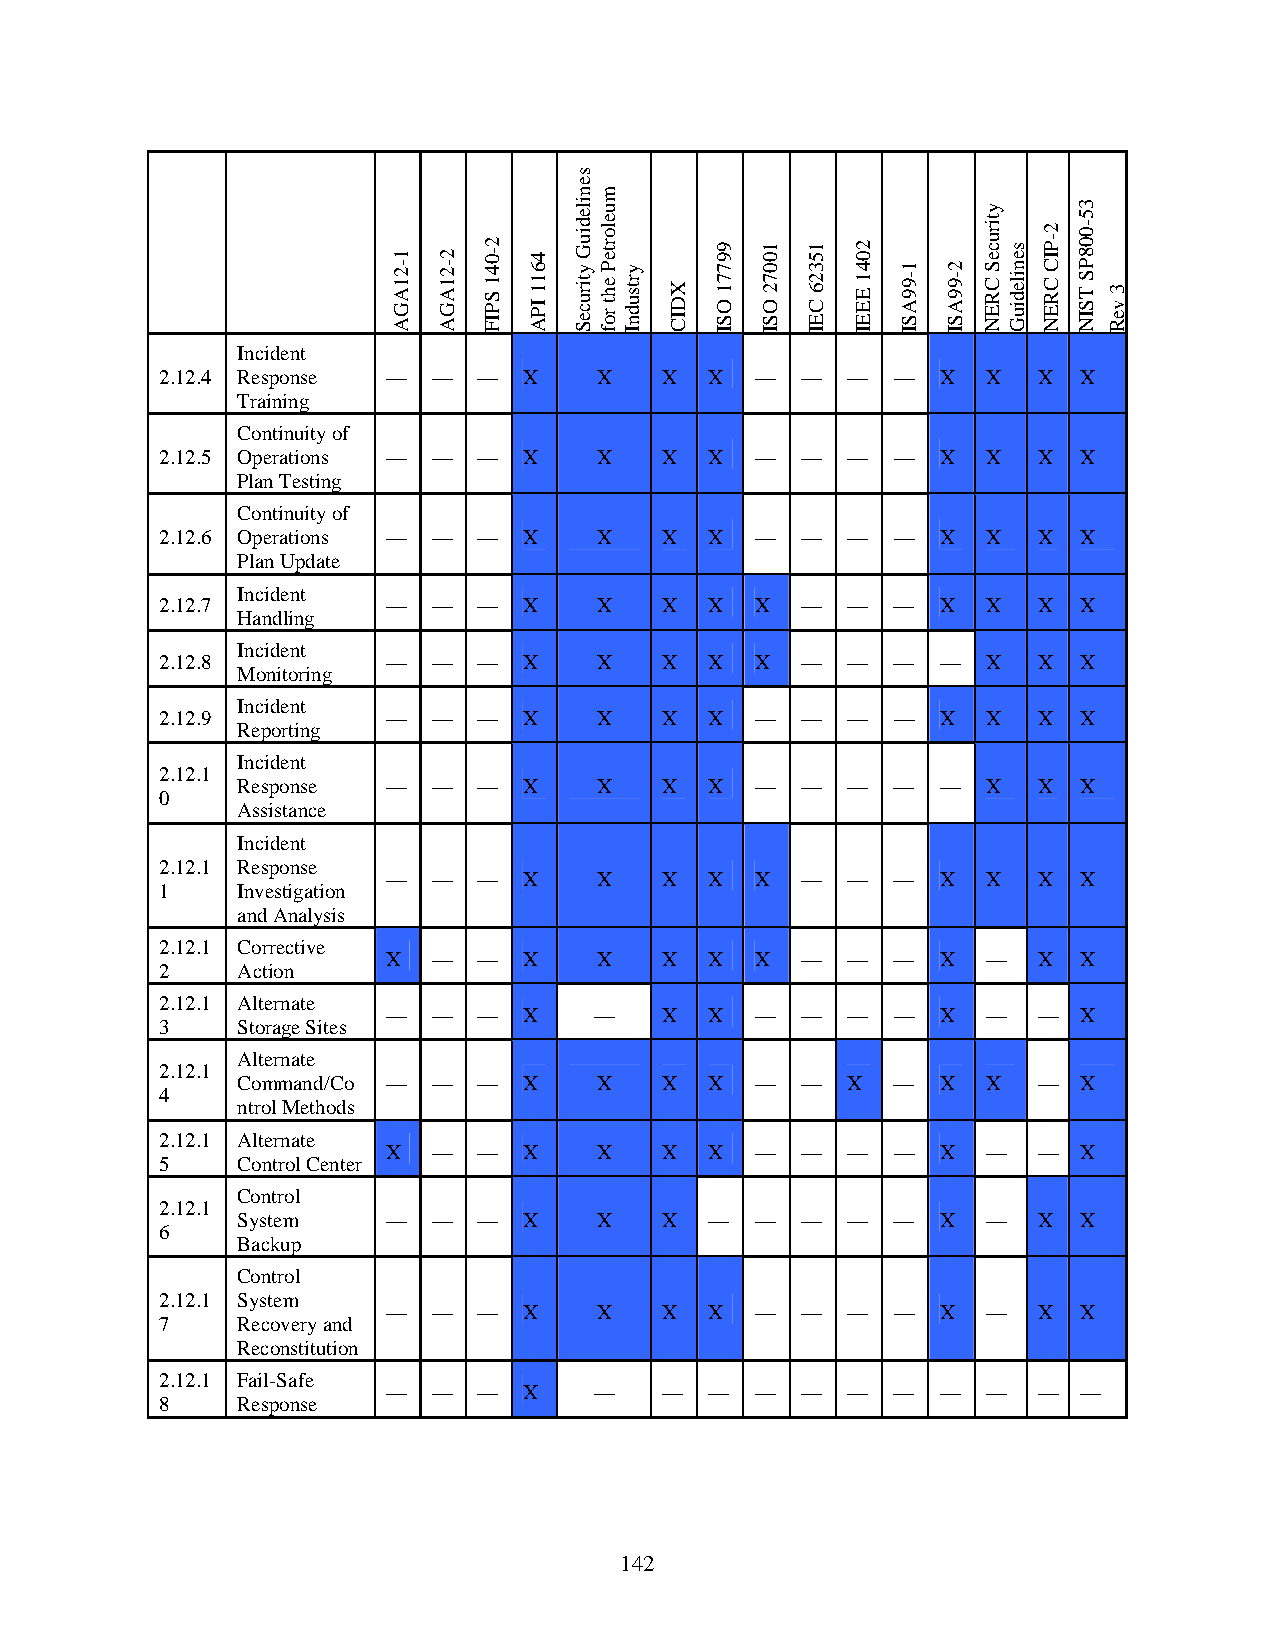
Incident
 2.12.4 Response — —  —  X    X   X  X  —  —  —  —  X  X   X  X
 Training
 Continuity of
 2.12.5 Operations — — — X    X   X  X  —  —  —  —  X  X   X  X
 Plan Testing
 Continuity of
 2.12.6 Operations — — — X    X   X  X  —  —  —  —  X  X   X  X
 Plan Update
 Incident
 2.12.7         —  —  —  X    X   X  X  X  —  —  —  X  X   X  X
 Handling
 Incident
 2.12.8         —  —  —  X    X   X  X  X  —  —  —  —  X   X  X
 Monitoring
 Incident
 2.12.9         —  —  —  X    X   X  X  —  —  —  —  X  X   X  X
 Reporting
 Incident
 2.12.1
 Response  —  —  —  X    X   X  X  —  —  —  —  —  X   X  X
 0
 Assistance
 Incident
 2.12.1 Response
 —  —  —  X    X   X  X  X  —  —  —  X  X   X  X
 1    Investigation
 and Analysis
 2.12.1 Corrective
 X  —  —  X    X   X  X  X  —  —  —  X  —   X  X
 2    Action
 2.12.1 Alternate
 —  —  —  X   —    X  X  —  —  —  —  X  —   —  X
 3    Storage Sites
 Alternate
 2.12.1
 Command/Co — —  —  X    X   X  X  —  —  X  —  X  X   —  X
 4
 ntrol Methods
 2.12.1 Alternate
 X  —  —  X    X   X  X  —  —  —  —  X  —   —  X
 5    Control Center
 Control
 2.12.1
 System    —  —  —  X    X   X  —  —  —  —  —  X  —   X  X
 6
 Backup
 Control
 2.12.1 System
 —  —  —  X    X   X  X  —  —  —  —  X  —   X  X
 7    Recovery and
 Reconstitution
 2.12.1 Fail-Safe
 —  —  —  X   —    —  —  —  —  —  —  —  —   —  —
 8    Response
 142
 1-21AGA 2-21AGA
 2-041
 SPIF
 4611
 IPA
 senilediuG
 ytiruceS
 muelorteP
 eht
 rof
 yrtsudnI
 XDIC
 99771
 OSI
 10072
 OSI
 15326
 CEI
 2041
 EEEI
 1-99ASI 2-99ASI
 ytiruceS
 CREN
 senilediuG
 2-PIC
 CREN
 35-008PS
 TSIN 3
 veR